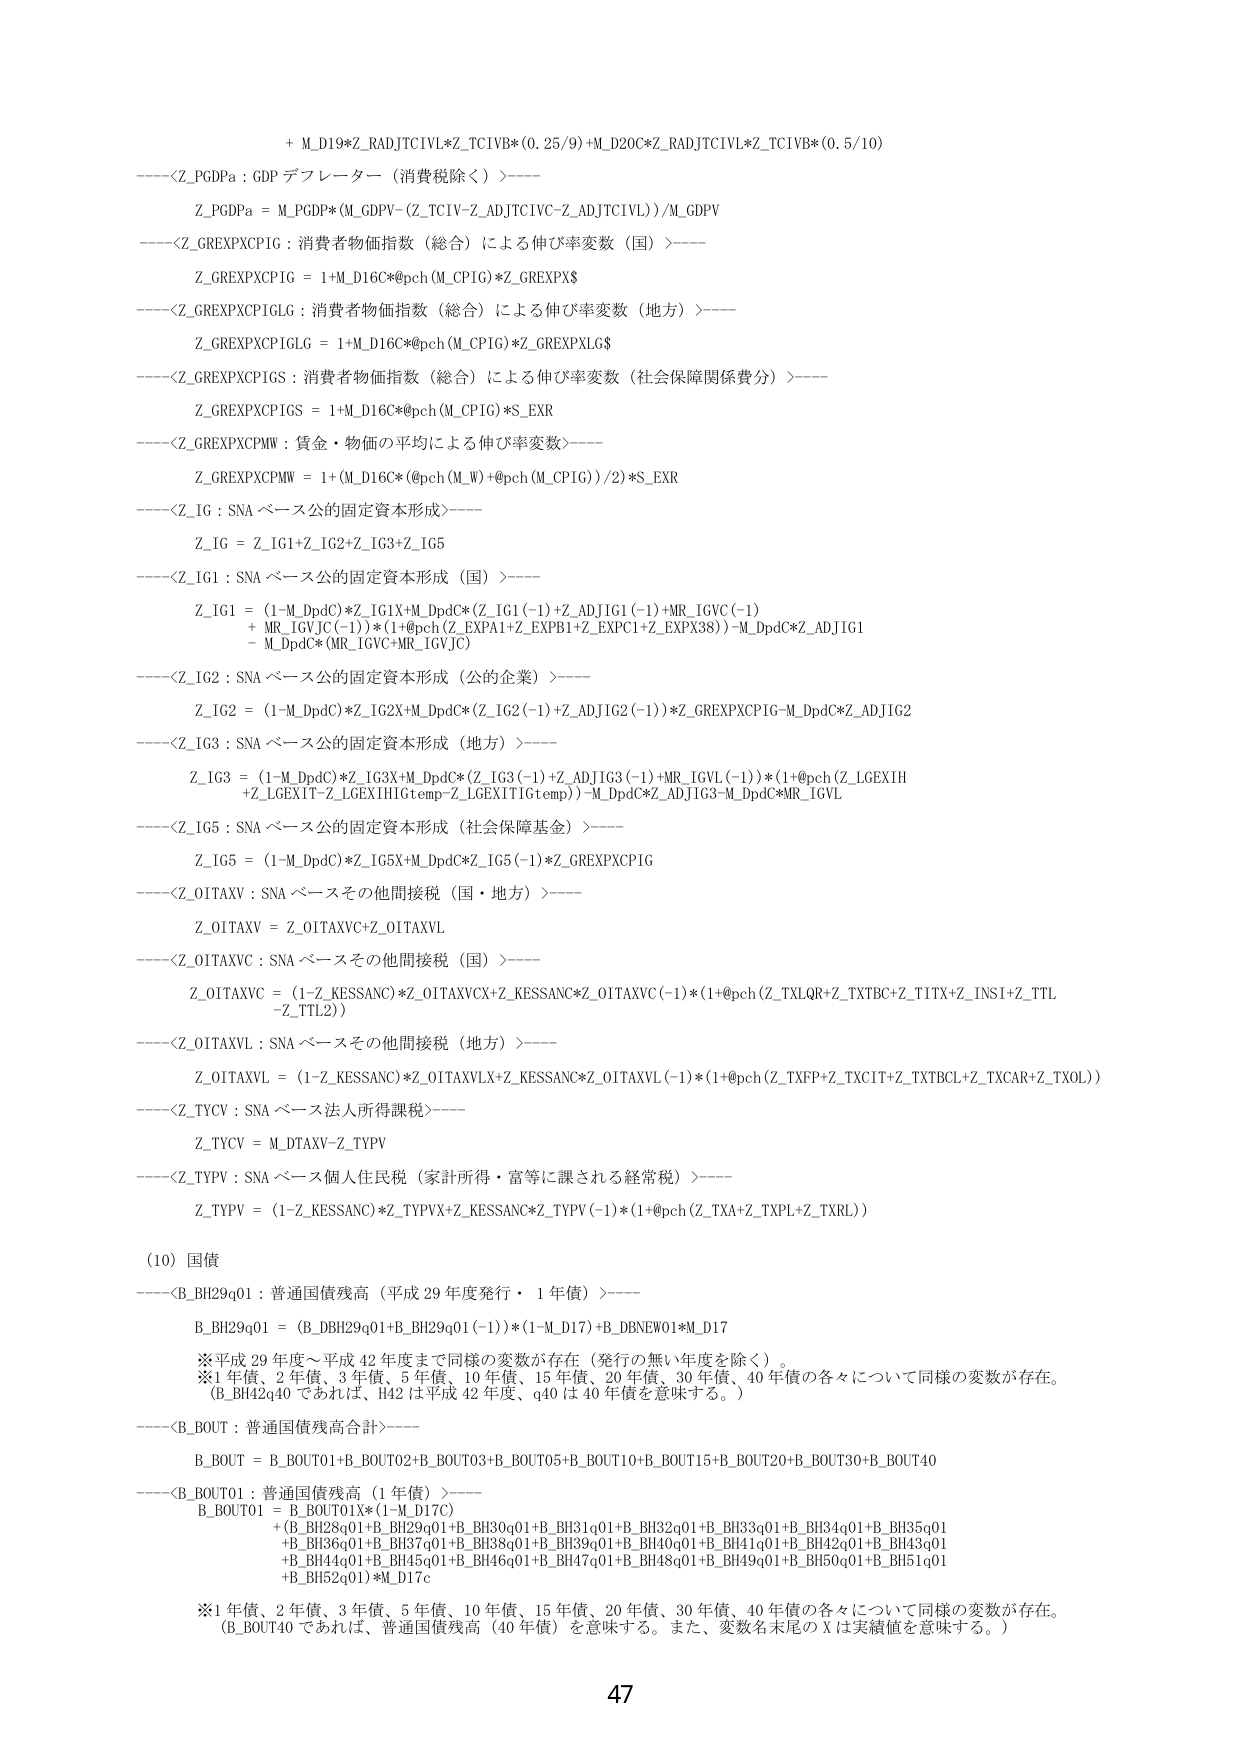
+ M_D19*Z_RADJTCIVL*Z_TCIVB*(0.25/9)+M_D20C*Z_RADJTCIVL*Z_TCIVB*(0.5/10)

----<Z_PGDPa : GDP デフレーター（消費税除く）>----
Z_PGDPa = M_PGDP*(M_GDPV-(Z_TCIV-Z_ADJTCIVC-Z_ADJTCIVL))/M_GDPV

----<Z_GREXPXCP1G : 消費者物価指数（総合）による伸び率変数（国）>----
Z_GREXPXCP1G = 1+M_D16C*@pch(M_CPIG)*Z_GREXPX$

----<Z_GREXPXCP1GLG : 消費者物価指数（総合）による伸び率変数（地方）>----
Z_GREXPXCP1GLG = 1+M_D16C*@pch(M_CPIG)*Z_GREXPXGLG$

----<Z_GREXPXCP1GS : 消費者物価指数（総合）による伸び率変数（社会保障関係費分）>----
Z_GREXPXCP1GS = 1+M_D16C*@pch(M_CPIG)*S_EXR

----<Z_GREXPXCPMW : 貨金・物価の平均による伸び率変数>----
Z_GREXPXCPMW = 1+(M_D16C*(@pch(M_W)+@pch(M_CPIG))/2)*S_EXR

----<Z_IG : SNA ベース公的固定資本形成>----
Z_IG = Z_IG1+Z_IG2+Z_IG3+Z_IG5

----<Z_IG1 : SNA ベース公的固定資本形成（国）>----
Z_IG1 = (1-M_DpdC)*Z_IG1X+M_DpdC*(Z_IG1(-1)+Z_ADJIG1(-1)+MR_IGVC(-1)
+ MR_IGVJC(-1))*(1+@pch(Z_EXPAl+Z_EXPB1+Z_EXPC1+Z_EXPX38))-M_DpdC*Z_ADJIG1
- M_DpdC*(MR_IGVC+MR_IGVJC)

----<Z_IG2 : SNA ベース公的固定資本形成（公の企業）>----
Z_IG2 = (1-M_DpdC)*Z_IG2X+M_DpdC*(Z_IG2(-1)+Z_ADJIG2(-1))*Z_GREXPXCP1G-M_DpdC*Z_ADJIG2

----<Z_IG3 : SNA ベース公的固定資本形成（地方）>----
Z_IG3 = (1-M_DpdC)*Z_IG3X+M_DpdC*(Z_IG3(-1)+Z_ADJIG3(-1)+MR_IGVL(-1))*(1+@pch(Z_LGEXIH
+Z_LGEXIT-Z_LGEXIH1Gtemp-Z_LGEXIT1Gtemp))-M_DpdC*Z_ADJIG3-M_DpdC*MR_IGVL

----<Z_IG5 : SNA ベース公的固定資本形成（社会保障基金）>----
Z_IG5 = (1-M_DpdC)*Z_IG5X+M_DpdC*Z_IG5(-1)*Z_GREXPXCP1G

----<Z_OITAXV : SNA ベースその他間接税（国・地方）>----
Z_OITAXV = Z_OITAXVC+Z_OITAXVL

----<Z_OITAXVC : SNA ベースその他間接税（国）>----
Z_OITAXVC = (1-Z_KESSANC)*Z_OITAXVCX+Z_KESSANC*Z_OITAXVC(-1)*(1+@pch(Z_TXLQR+Z_TXTBC+Z_TITX+Z_INSI+Z_TTL
-Z_TTL2))

----<Z_OITAXVL : SNA ベースその他間接税（地方）>----
Z_OITAXVL = (1-Z_KESSANC)*Z_OITAXVLX+Z_KESSANC*Z_OITAXVL(-1)*(1+@pch(Z_TXFP+Z_TXCIT+Z_TXTBCL+Z_TXCAR+Z_TXOL))

----<Z_TYCV : SNA ベース法人所得課税>----
Z_TYCV = M_DTAXV-Z_TYPV

----<Z_TYPV : SNA ベース個人住民税（家計所得・富等に課される経常税）>----
Z_TYPV = (1-Z_KESSANC)*Z_TYPVX+Z_KESSANC*Z_TYPV(-1)*(1+@pch(Z_TXA+Z_TXPL+Z_TXRL))

(10) 国債

----<B_BH29q01 : 普通国債残高（平成 29 年度発行・1 年債）>----
B_BH29q01 = (B_DBH29q01+B_BH29q01(-1))*(1-M_D17)+B_DBNW01*M_D17

※平成 29 年度～平成 42 年度まで同様の変数が存在（発行の無い年度を除く）。
※1 年債、2 年債、3 年債、5 年債、10 年債、15 年債、20 年債、30 年債、40 年債の各々について同様の変数が存在。
（B_BH42q40 であれば、H42 は平成 42 年度、q40 は 40 年債を意味する。）

----<B_BOUT : 普通国債残高合計>----
B_BOUT = B_BOUT01+B_BOUT02+B_BOUT03+B_BOUT05+B_BOUT10+B_BOUT15+B_BOUT20+B_BOUT30+B_BOUT40

----<B_BOUT01 : 普通国債残高（1 年債）>----
B_BOUT01 = B_BOUT01X*(1-M_D17C)
+ (B_BH28q01+B_BH29q01+B_BH30q01+B_BH31q01+B_BH32q01+B_BH33q01+B_BH34q01+B_BH35q01
+B_BH36q01+B_BH37q01+B_BH38q01+B_BH39q01+B_BH40q01+B_BH41q01+B_BH42q01+B_BH43q01
+B_BH44q01+B_BH45q01+B_BH46q01+B_BH47q01+B_BH48q01+B_BH49q01+B_BH50q01+B_BH51q01
+B_BH52q01)*M_D17c

※1 年債、2 年債、3 年債、5 年債、10 年債、15 年債、20 年債、30 年債、40 年債の各々について同様の変数が存在。
（B_BOUT40 であれば、普通国債残高（40 年債）を意味する。また、変数名末尾の X は実績値を意味する。）

47